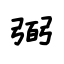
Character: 弼